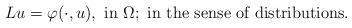
LaTeX: \begin{align*} Lu=\varphi(\cdot,u),\ \hbox{in}\ \Omega; \ {\mbox{in the sense of distributions}}.\end{align*}